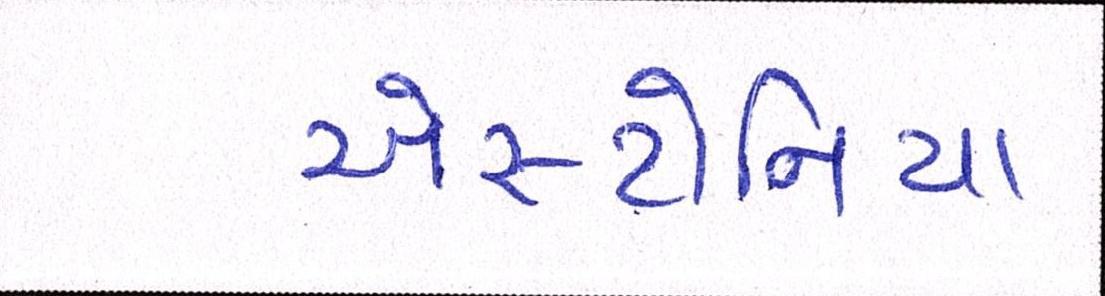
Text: એસ્ટોનિયા